Senior Leaving Certificate Examination (including Day School Certificate (Higher) General paper), 1947
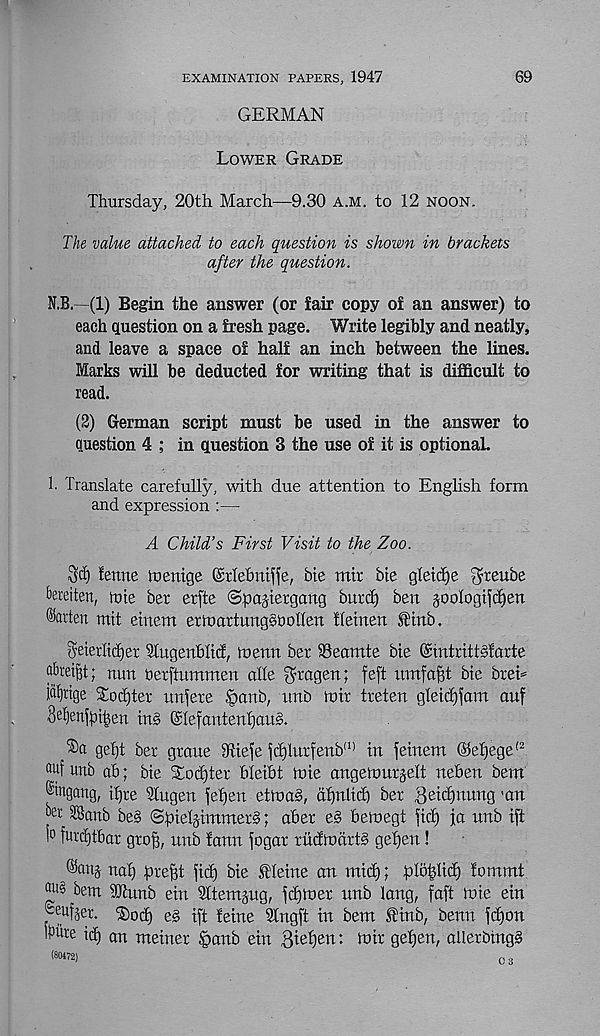
EXAMINATION PAPERS, 1947
69
GERMAN
Lower Grade
Thursday, 20th March—9.30 a.m. to 12 noon.
The value attached to each question is shown in brackets
after the question.
N.B.—(1) Begin the answer (or fair copy of an answer) to
each question on a fresh page. Write legibly and neatly,
and leave a space of half an inch between the lines.
Marks will be deducted for writing that is difficult to
read.
(2) German script must be used in the answer to
Question 4 ; in question 3 the use of it is optionaL
1- Translate carefully, with due attention to English form
and expression :—
A Child’s First Visit to the Zoo.
3d) fenne loettige (Mebntffe, bte mir bte gletdje 'Orteube
teeiten, lute ber erfte ©pcppetgaug burcf) ben goologtfdjen
Marten mit etnem erinattungbUoUeu fleinen SHnb.
3eietlid)er Slugenbltcf, toeun ber Seamte bie ©mtrittsfarte
abrei^t; nun herftummen alle ^ragen; feft itmfafst bie breh
l%tge Stouter unfere §anb, unb loir treten gletcf)fam auf
3ef)en^i|en tn§ @Iefantenf)au§.
gef)t ber groue 9tiefe fcf)lurfenb (I) in feinem ©ef)ege (2
a uf unb ab; bie Sod)ter bleibt lute angetourgelt neben bent
®iugang, tfjre Sfugen jefjeu ettoas, afjnltd) ber ,3eid)mmg 'an
‘ )ei ' ®anb be§ (Spieljtmmer§; aber e§ betoegt jtd) ja nnb iff
!° furd)tbar grog, nnb fann fogar rudiodrtb gefjen!
^anj naf) pregt pd) bte Oleine an mid); plopltd) fommt
bem dPunb ein ^ttemgug, ^djloer tmb lang, faft tote ein
Seufjer. Sod) eg ift feme Slngft in bem ®tnb, benn fdjon
Tfce id) an meiner §anb ein 3ief)en: loir geljen, allerbingg
(80472)
03